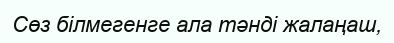
Сөз білмегенге ала тәнді жалаңаш,